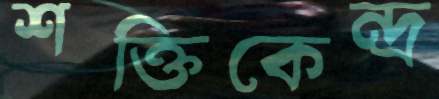
শক্তিকেন্দ্র